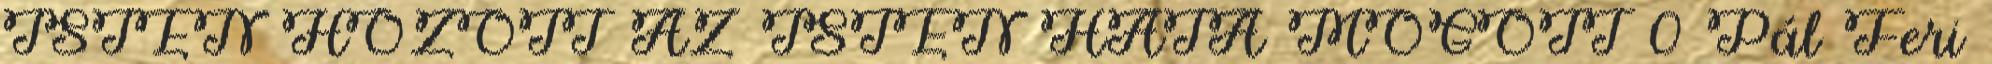
ISTEN HOZOTT AZ ISTEN HÁTA MÖGÖTT 0 Pál Feri